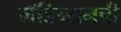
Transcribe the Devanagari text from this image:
मॅडिन्सनची